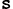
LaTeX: _\mathtt{s}